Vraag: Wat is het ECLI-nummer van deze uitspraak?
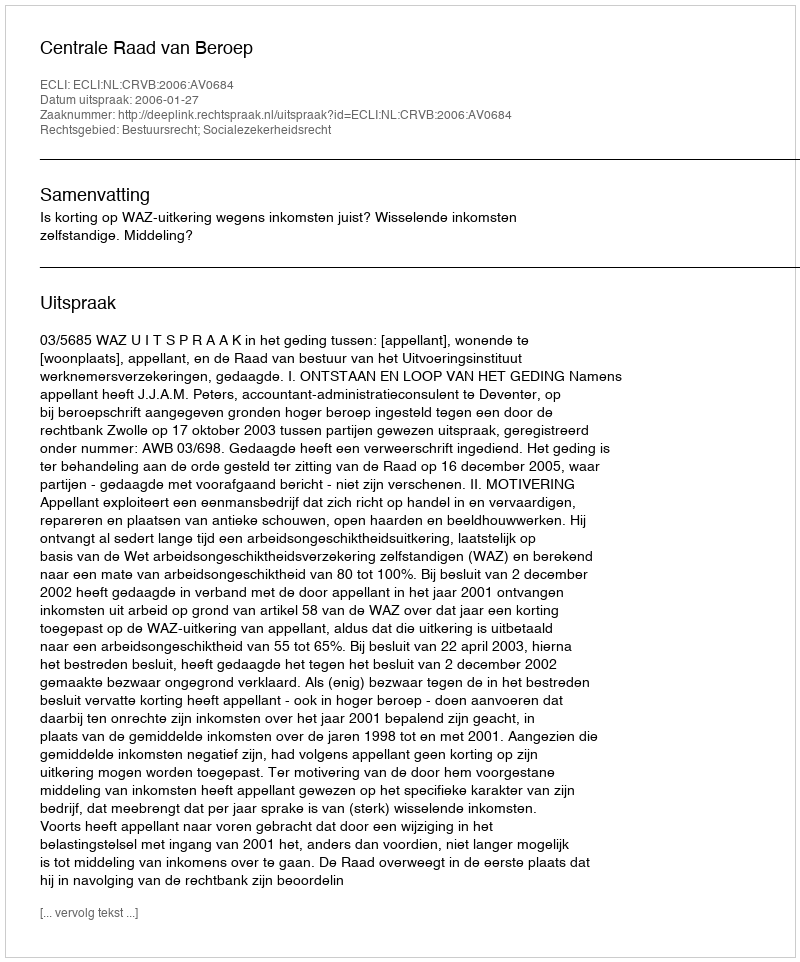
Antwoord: ECLI:NL:CRVB:2006:AV0684